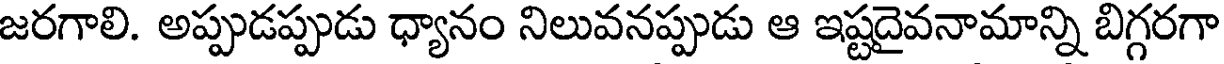
జరగాలి. అప్పుడప్పుడు ధ్యానం నిలువనప్పుడు ఆ ఇష్టదైవనామాన్ని బిగ్గరగా